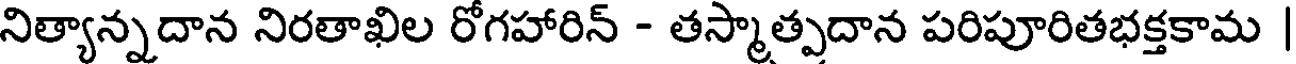
నిత్యాన్నదాన నిరతాఖిల రోగహారిన్ - తస్మాత్పదాన పరిపూరితభక్తకామ